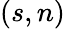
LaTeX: (s,n)